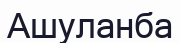
Ашуланба